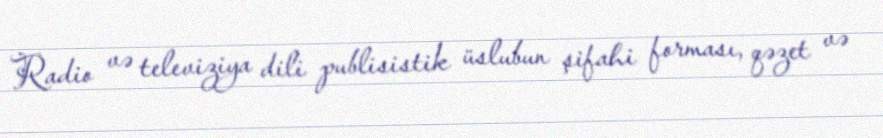
Radio və televiziya dili publisistik üslubun şifahi forması, qəzet və